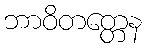
ဘာဝိတတ္တေန